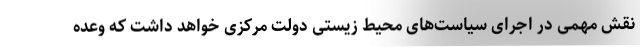
نقش مهمی در اجرای سیاست‌های محیط زیستی دولت مرکزی خواهد داشت که وعده